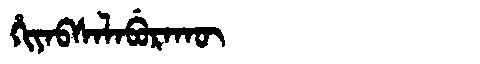
Manchu: ᡥᡳᠶᠠᠪᠰᠠᠯᠠᠪᡠᡵᠠᡴᡡ
Romanization: HIYABSALABURAKŪ